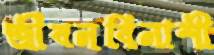
জীবনবিনাশী